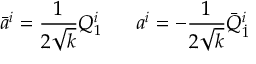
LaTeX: \bar { a } ^ { i } = { \frac { 1 } { 2 \sqrt { k } } } Q _ { 1 } ^ { i } \ \ \ \ \ a ^ { i } = - { \frac { 1 } { 2 \sqrt { k } } } \bar { Q } _ { \dot { 1 } } ^ { i }